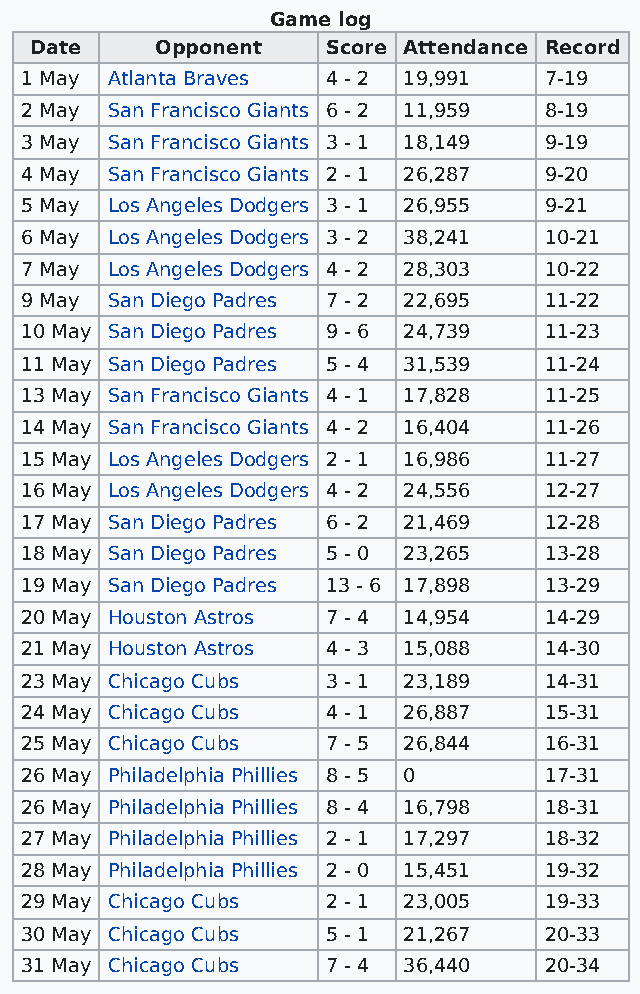
Game log
 Date    Opponent    Score Attendance Record
 1 May Atlanta Braves 4 - 2 19,991  7-19
 2 May San Francisco Giants 6 - 2 11,959 8-19
 3 May San Francisco Giants 3 - 1 18,149 9-19
 4 May San Francisco Giants 2 - 1 26,287 9-20
 5 May Los Angeles Dodgers 3 - 1 26,955 9-21
 6 May Los Angeles Dodgers 3 - 2 38,241 10-21
 7 May Los Angeles Dodgers 4 - 2 28,303 10-22
 9 May San Diego Padres 7 - 2 22,695 11-22
 10 May San Diego Padres 9 - 6 24,739 11-23
 11 May San Diego Padres 5 - 4 31,539 11-24
 13 May San Francisco Giants 4 - 1 17,828 11-25
 14 May San Francisco Giants 4 - 2 16,404 11-26
 15 May Los Angeles Dodgers 2 - 1 16,986 11-27
 16 May Los Angeles Dodgers 4 - 2 24,556 12-27
 17 May San Diego Padres 6 - 2 21,469 12-28
 18 May San Diego Padres 5 - 0 23,265 13-28
 19 May San Diego Padres 13 - 6 17,898 13-29
 20 May Houston Astros 7 - 4 14,954 14-29
 21 May Houston Astros 4 - 3 15,088 14-30
 23 May Chicago Cubs  3 - 1 23,189  14-31
 24 May Chicago Cubs  4 - 1 26,887  15-31
 25 May Chicago Cubs  7 - 5 26,844  16-31
 26 May Philadelphia Phillies 8 - 5 0 17-31
 26 May Philadelphia Phillies 8 - 4 16,798 18-31
 27 May Philadelphia Phillies 2 - 1 17,297 18-32
 28 May Philadelphia Phillies 2 - 0 15,451 19-32
 29 May Chicago Cubs  2 - 1 23,005  19-33
 30 May Chicago Cubs  5 - 1 21,267  20-33
 31 May Chicago Cubs  7 - 4 36,440  20-34